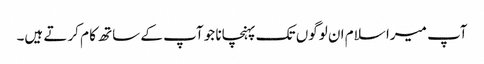
آپ میرا سلام ان لوگوں تک پہنچانا جو آپ کے ساتھ کا م کرتے ہیں۔